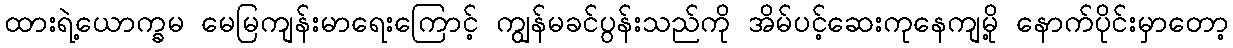
ထားရဲ့ယောက္ခမ မေမြကျန်းမာရေးကြောင့် ကျွန်မခင်ပွန်းသည်ကို အိမ်ပင့်ဆေးကုနေကျမို့ နောက်ပိုင်းမှာတော့